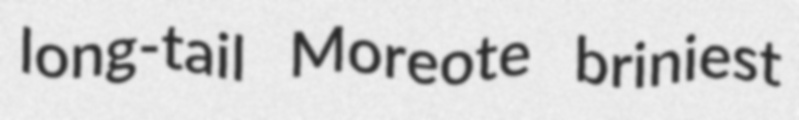
long-tail Moreote briniest